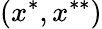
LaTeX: (x^{*},x^{**})